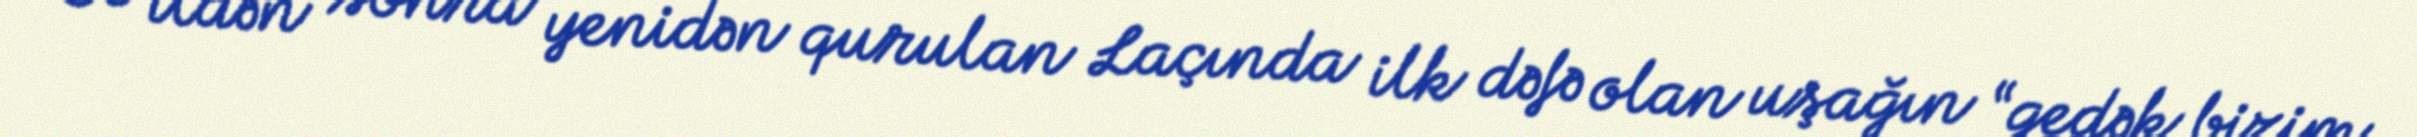
30 ildən sonra yenidən qurulan Laçında ilk dəfə olan uşağın “gedək bizim